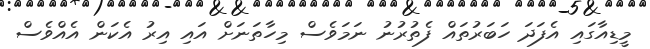
މީޑިއާގައި އެފަދަ ހަބަރުތައް ފެތުރުނު ނަމަވެސް މިހާތަނަށް އައި އިރު އެކަން އެއްވެސް